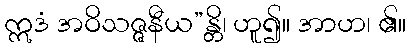
ဣဒံ အဝိသဇ္ဇနီယ”န္တိ၊ ဟူ၍။ အာဟ၊ ၏။